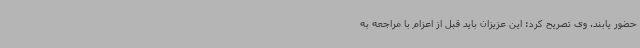
حضور یابند. وی تصریح کرد: این عزیزان باید قبل از اعزام با مراجعه به